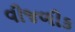
વીજળીક